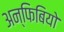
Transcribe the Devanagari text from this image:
अन्फिबियो